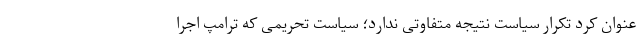
عنوان کرد تکرار سیاست نتیجه متفاوتی ندارد؛ سیاست تحریمی که ترامپ اجرا